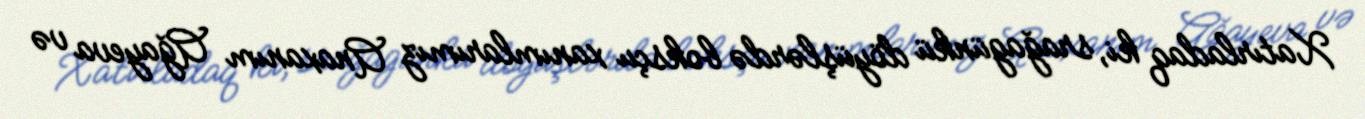
Xatırladaq ki, srağagünkü döyüşlərdə boksçu xanımlarımız Anaxanım Ağayeva və